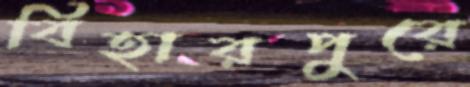
বিহারপুরে